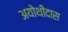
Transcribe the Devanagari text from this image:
अयोथीदास